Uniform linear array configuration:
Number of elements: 24
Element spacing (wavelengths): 0.5
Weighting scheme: cosine
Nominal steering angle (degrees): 0
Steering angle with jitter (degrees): -1.724
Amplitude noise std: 0.05
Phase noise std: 0.05

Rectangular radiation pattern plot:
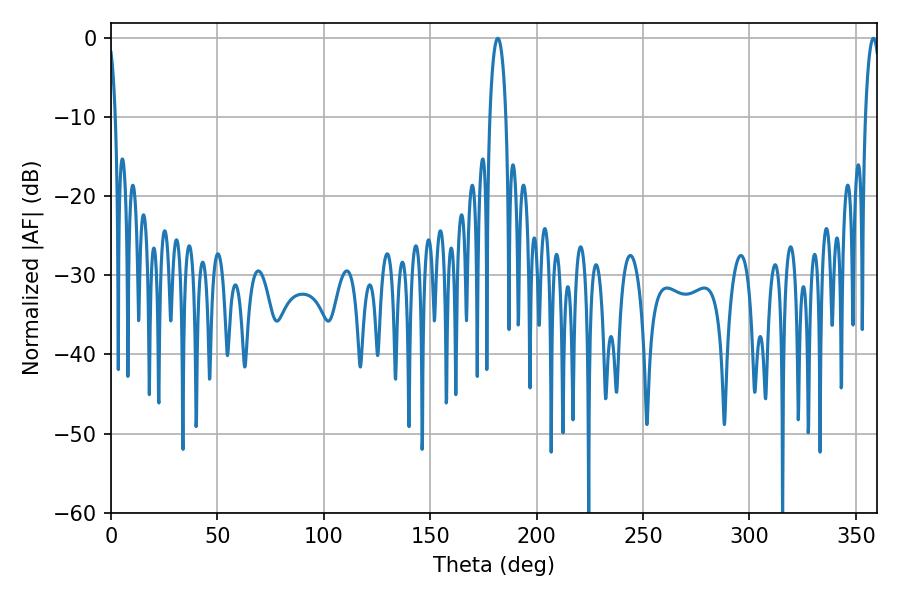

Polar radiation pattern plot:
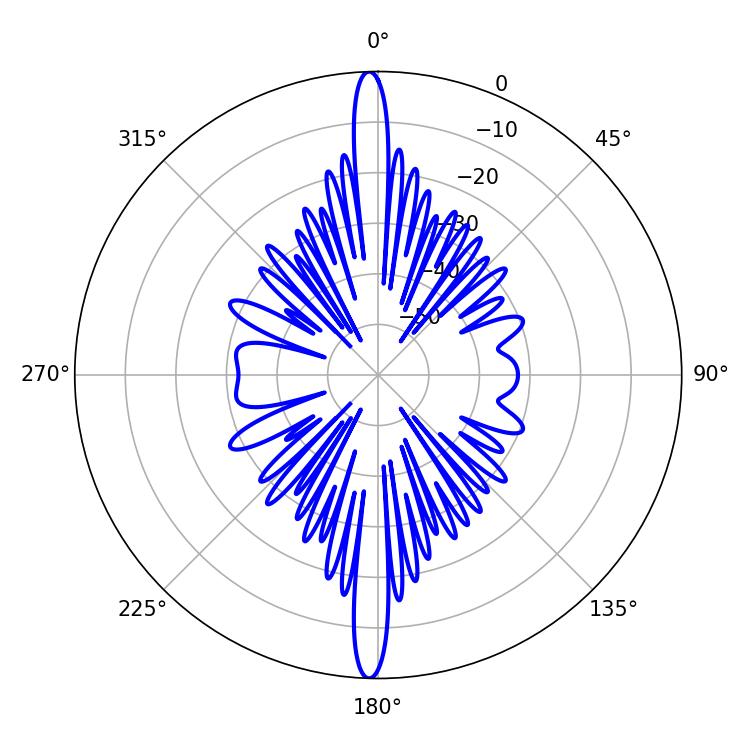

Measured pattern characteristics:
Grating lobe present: FALSE
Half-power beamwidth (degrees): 4.32
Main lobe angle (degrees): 181.8